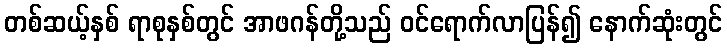
တစ်ဆယ့်နှစ် ရာစုနှစ်တွင် အာဖဂန်တို့သည် ဝင်ရောက်လာပြန်၍ နောက်ဆုံးတွင်